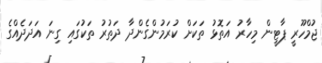
ޖުމްހޫރީ ޕާޓީން މިހާރު އަތޮޅު ތަކަށް ކުރަމުންގެންދާ ދަތުރު ތަކުގައި ގިނަ އަދަދެއްގެ